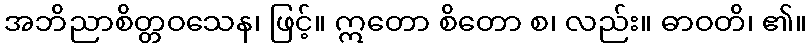
အဘိညာစိတ္တဝသေန၊ ဖြင့်။ ဣတော စိတော စ၊ လည်း။ ဓာဝတိ၊ ၏။